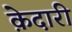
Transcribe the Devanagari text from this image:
क़ेदारी